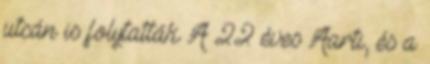
utcán is folytatták A 22 éves Aarti, és a